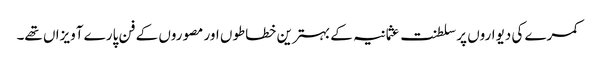
کمرے کی دیواروں پر سلطنت عثمانیہ کے بہترین خطاطوں اور مصوروں کے فن پارے آویزاں تھے۔